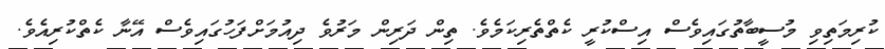
ކުރިމަތިވި މުސީބާތުގައިވެސް އިސްކުރީ ކެތްތެރިކަމެވެ. ތިން ދަރިން މަރުވެ ދިއުމަށްފަހުގައިވެސް އޭނާ ކެތްކުރިއެވެ.